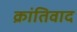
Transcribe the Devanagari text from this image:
क्रांतिवाद